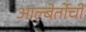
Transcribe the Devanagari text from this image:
आल्बेर्तोची